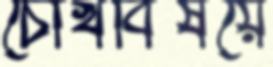
চোখবিষয়ে